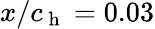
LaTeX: x/c_{\mathrm{~h~}}=0.03